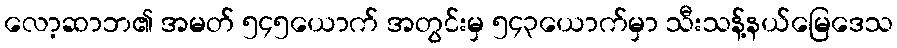
လော့ဆာဘ၏ အမတ် ၅၄၅ယောက် အတွင်းမှ ၅၄၃ယောက်မှာ သီးသန့်နယ်မြေဒေသ